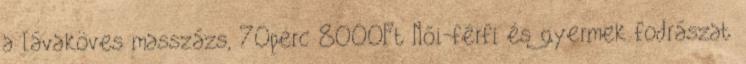
a lávaköves masszázs, 70perc 8000Ft Női-férfi és gyermek fodrászat